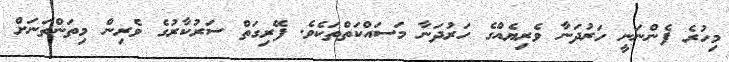
މިހުރެ ފެންނަނީ ހަރުދަނާ ވެރިޔެއްގެ ހަރުދަނާ މަސައްކަތްތަކެވެ. ފޭރިގަތް ސަރުކާރުގެ ވެރިން މިތަންތަނަށް